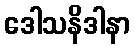
ဒေါသနိဒါနာ